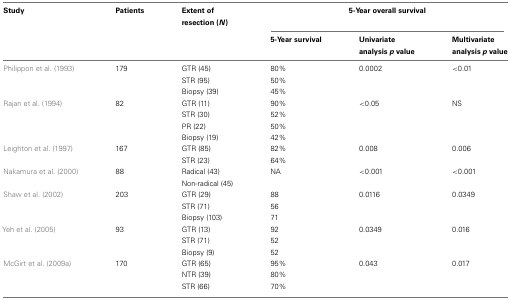
| Study | Patients | Extent of resection (N) | <COLSPAN=3> 5-Year overall survival |
 |  |  |  | 5-Year survival | Univariate analysis p value | Multivariate analysis p value |
 | --- | --- | --- | --- | --- | --- |
 | Philippon et al. (1993) | 179 | GTR (45) | 80% | 0.0002 | <0.01 |
 |  |  | STR (95) | 50% |  |
 |  |  | Biopsy (39) | 45% |  |
 | Rajan et al. (1994) | 82 | GTR (11) | 90% | <0.05 | NS |
 |  |  | STR (30) | 52% |  |
 |  |  | PR (22) | 50% |  |
 |  |  | Biopsy (19) | 42% |  |
 | Leighton et al. (1997) | 167 | GTR (85) | 82% | 0.008 | 0.006 |
 |  |  | STR (23) | 64% |  |
 | Nakamura et al. (2000) | 88 | Radical (43) | NA | <0.001 | <0.001 |
 |  |  | Non-radical (45) |  |
 | Shaw et al. (2002) | 203 | GTR (29) | 88 | 0.0116 | 0.0349 |
 |  |  | STR (71) | 56 |  |
 |  |  | Biopsy (103) | 71 |  |
 | Yeh et al. (2005) | 93 | GTR (13) | 92 | 0.0349 | 0.016 |
 |  |  | STR (71) | 52 |  |
 |  |  | Biopsy (9) | 52 |  |
 | McGirt et al. (2009a) | 170 | GTR (65) | 95% | 0.043 | 0.017 |
 |  |  | NTR (39) | 80% |  |
 |  |  | STR (66) | 70% |  |